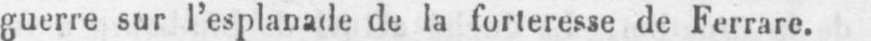
guerre sur l’esplanade de la forteresse de Ferrare.